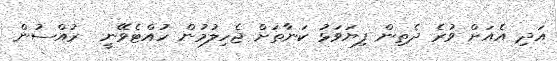
އަދި އެއަށް ވުރެ ދެތިން ފިޔަވަޅު ކަނާތަށް ޖެހިލުމުން ހުއްޓެވޭނީ  ރުއްސުން